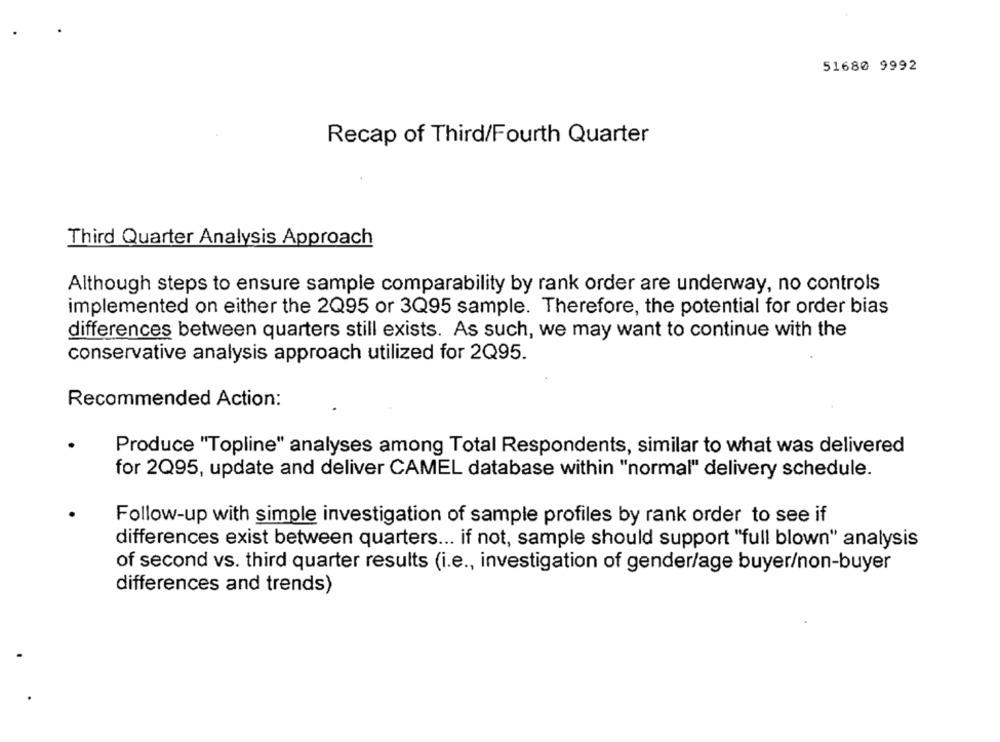
51680 9992
Recap of Third/Fourth Quarter
Third Quarter Analysis Approach
Although steps to ensure sample comparability by rank order are underway, no controls
implemented on either the 2Q95 or 3Q95 sample. Therefore, the potential for order bias
differences between quarters still exists. As such, we may want to continue with the
conservative analysis approach utilized for 2Q95.
Recommended Action:
Produce "Topline" analyses among Total Respondents, similar to what was delivered
for 2Q95, update and deliver CAMEL database within "normal" delivery schedule.
Follow-up with simple investigation of sample profiles by rank order to see if
differences exist between quarters ... if not, sample should support "full blown" analysis
of second vs. third quarter results (i.e ., investigation of gender/age buyer/non-buyer
differences and trends)